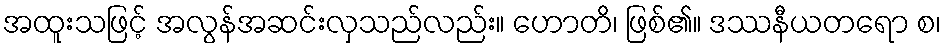
အထူးသဖြင့် အလွန်အဆင်းလှသည်လည်း။ ဟောတိ၊ ဖြစ်၏။ ဒဿနီယတရော စ၊